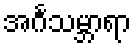
အင်္ဂသမ္ဘာရာ